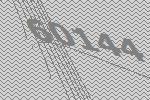
60144